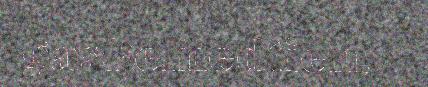
gaskemedtien,